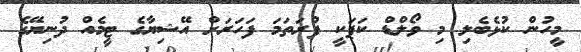
މީހުން ކުޅެބެލި މި ވޯލްޑް ކަޕަކީ ފުރަތަމަ ފަހަރަށް އޭޝިޔާގެ ޓީމެއް ދުނިޔޭގެ